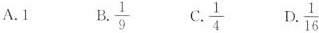
A.1 B. \frac{1}{9} C. \frac{1}{4} D.\frac{1}{16}